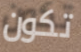
تكون